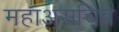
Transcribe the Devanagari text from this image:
महाअसचिव